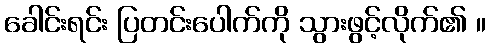
ခေါင်းရင်း ပြတင်းပေါက်ကို သွားဖွင့်လိုက်၏ ။